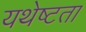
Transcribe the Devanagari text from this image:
यथेष्टता